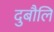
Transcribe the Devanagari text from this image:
दुबौलि